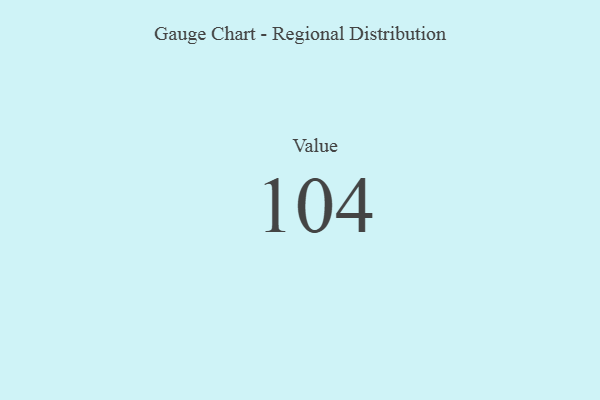
{"axis": {"x": "Metric", "y": "Value"}, "legend": [""], "data": [{"x": "Value", "y": 104, "type": ""}]}